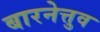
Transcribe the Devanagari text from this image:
बारनेत्तुव